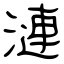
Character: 漣